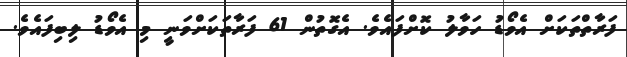
ފަރާތްތަކަށް އެވޯޑު ހަވާލު ކޮށްފައެވެ. އެގޮތުން 61 ފަރާތަކަށްވަނީ މި އެވޯޑު ލިބިފައެވެ.